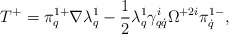
\begin{align*}T^+=\pi^{1+}_{q}\nabla\lambda^1_q-\frac12\lambda^1_q\gamma^i_{q\dot q}\Omega^{+2i}\pi^{1-}_{\dot q},\end{align*}